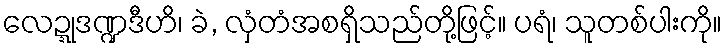
လေဍ္ဍုဒဏ္ဍဒီဟိ၊ ခဲ, လှံတံအစရှိသည်တို့ဖြင့်။ ပရံ၊ သူတစ်ပါးကို။